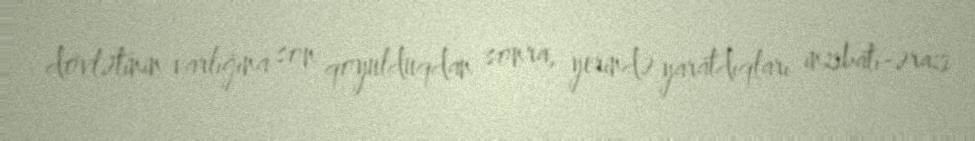
dövlətinin varlığına son qoyulduqdan sonra, yerində yaratdıqları inzibati-ərazi